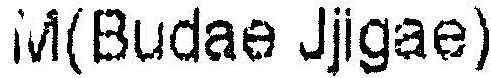
M(BUDAE JJIGAE)